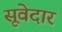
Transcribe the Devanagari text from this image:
सूवेदार